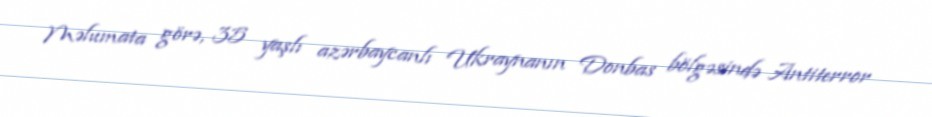
Məlumata görə, 35 yaşlı azərbaycanlı Ukraynanın Donbas bölgəsində Antiterror